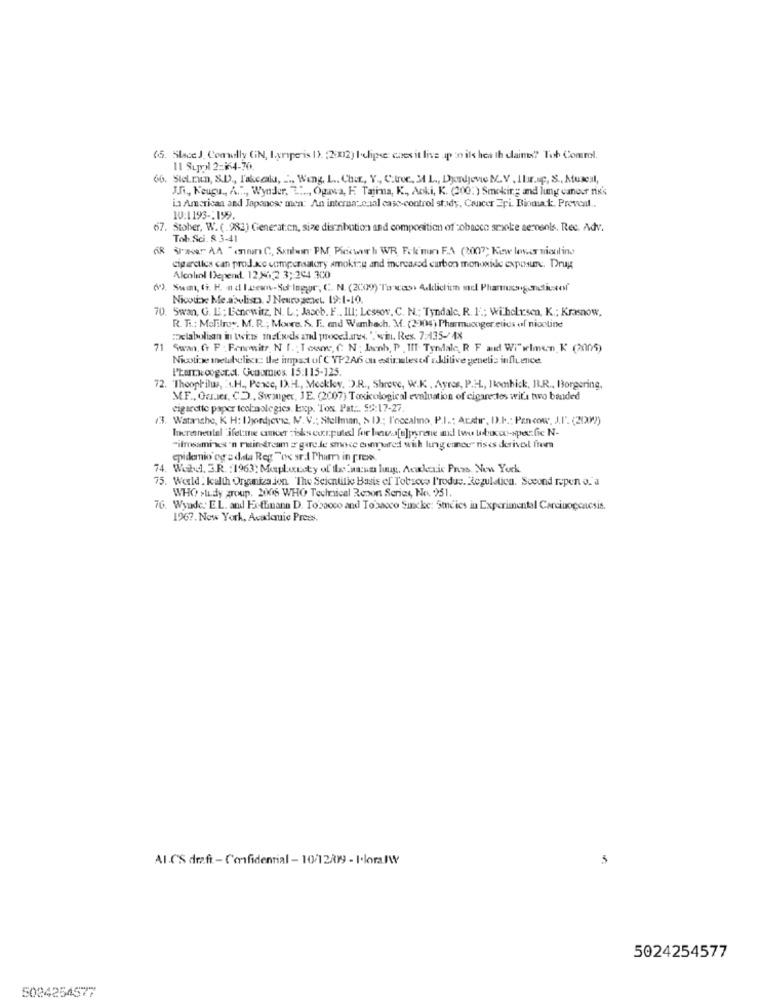
65. Slace J. Comally (IN, I.vripe is 1). (2002) Ieclipse: coes it live ap :o ils hea th daine? Tob Comml.
11 Suppil 2-164-70.
66. Siel.run, S.D ., Takecalu, ", Weng, L ., Chat, Y ., C.troc, 34 L ., Djordjevic M.V . 1br.uç, S ., Musel,
J.J ., Keugu ., A.", Wynder, Z ...., Ogva, F. Tajima, K ., Aoki, K. (200:) Smoking and lung cancer risk
in American and Japanese men: An interna: canl caso-control study, Cancer Epi. Biomake. Preveal ..
10:1193 -: 199.
67. Stober, W. (.982) Generation, size disnbution and composition of tobacco smoke aerosols. Rec. Adv.
Tob. Sci. 8 3-41
& we AA "annan C, Sanbwin PM, Piccwur h WR, Fok min F.A (2007; Kiew lewar mionline
cigarettes can produkce compensatory smoking and increased carbon monoxide exposure. Drug
Alcohol Depend. 12862 3 ;: 264 300
69. Swi, i. E. ad leeww-Sul Ingor, C. N. (2009) Ta was Aldiclim mel Phanganctiusof
Nicouxe Me.abolisza. J Neuro genet. 19:1-10
70. Swan, G. B. ; Ecnowitz, N. L .; Jaseb. F .. IL1; Lessor. C. N .; Tyndale. R. 1 .; wibekrsen, K .; Krasnow.
R. T .: MoBilroy. M. R .; Moore. S. E. and Wambach. M. (2004) Pharmacoger.etius of nicoline
Delabolian in twins mafw ds and procedures. ". win. Res. 7:35-4%
71 Swan. Gr F : Fonowitz N [. : Toone, C. N : Lacnh, P . III. Tyndale, R F and Wi"wlmen K' (2005)
Nicoline melubulice: the impact of CYP2A6 ou estimatesof allitive genetic influence.
Praxecoger.ct. Genomios. 15:115-125.
72. "Theophilus, 's.H ., Peace, I.H ., Meckky, D.R ., Shreve, W.K . Ayres, P.H ., Bomhick, BB.R ., Borgering,
MF ., Oauser, CD, Swinger, JE. (2007) Toxicological evaluation of cigarettes wita two banded
cigarette paper teol-nologies. lexp. Tox Pat ... $9:17-27.
(3. Watanche, K H: I Djordjevic, M. V .; Stellman, & D) .; l'occalino, P.I .: Acater, D.I .: Pan cow, J.I. (2002)
Incremental 'ifel:me ancer : isks corpulel for bav.[a]pyrene and two baixo-spec fic N-
"itmsami wes'n rutinedream =" gure le smoce compared with ling enou" rises derivol frem
epidemio og a data Reg "ox sr.l Phum in press.
74. Webdl. 3.R. : 1963; Mapletucty of the wa:un luug, Acadaie Pres. New York
75. World. kalth Onganiza jon. The Scientific Basis of Totsoco Produc. Regulation. Second repen o.'a
WHO >LL.dy group. 2006 WHO Technical Report Series, No. 251.
76. Wyude: E.L. and Feffinana D. Tobacco and Tobacco Sinckc: 5mies in Experimental Carcinogenesis.
196 ?. New York, Academic Press.
AI C'S draft - Confidential - 10/12/099 - I.loralW
5024254577
5024254577